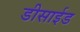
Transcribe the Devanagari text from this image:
डीसाईड